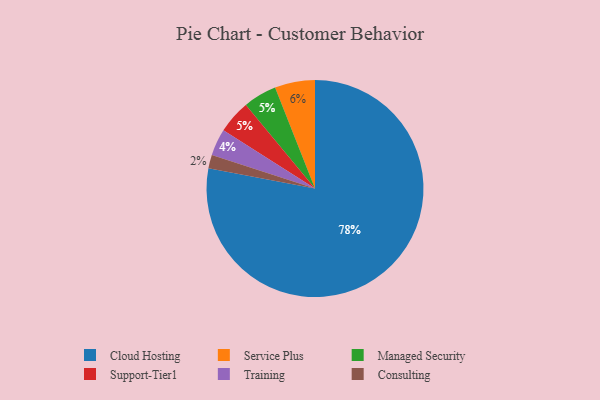
{"axis": {"x": "Category", "y": "Percentage"}, "legend": ["Cloud Hosting", "Consulting", "Managed Security", "Service Plus", "Support-Tier1", "Training"], "data": [{"x": "Training", "y": 4, "type": "Training"}, {"x": "Consulting", "y": 2, "type": "Consulting"}, {"x": "Managed Security", "y": 5, "type": "Managed Security"}, {"x": "Service Plus", "y": 6, "type": "Service Plus"}, {"x": "Support-Tier1", "y": 5, "type": "Support-Tier1"}, {"x": "Cloud Hosting", "y": 78, "type": "Cloud Hosting"}]}